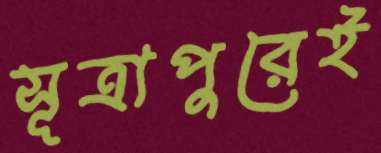
সূত্রাপুরেই